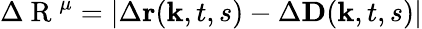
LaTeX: \Delta\mathrm{~R~}^{\mu}=\left|\Delta\textbf{r}(\textbf{k},t,s)-\Delta\textbf{D}(\textbf{k},t,s)\right|